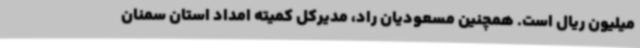
میلیون ریال است. همچنین مسعودیان راد، مدیرکل کمیته امداد استان سمنان